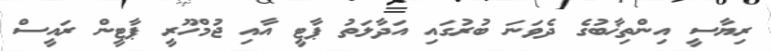
ރިޔާސީ އިންތިޚާބުގެ ދެވަނަ ބުރުގައި އަދާލަތު ޕާޓީ އާއި ޖުމްހޫރީ ޕާޓީން ރައީސް